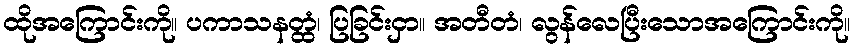
ထိုအကြောင်းကို။ ပကာသနတ္ထံ၊ ပြခြင်းငှာ။ အတီတံ၊ လွန်လေပြီးသောအကြောင်းကို။